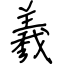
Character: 羲